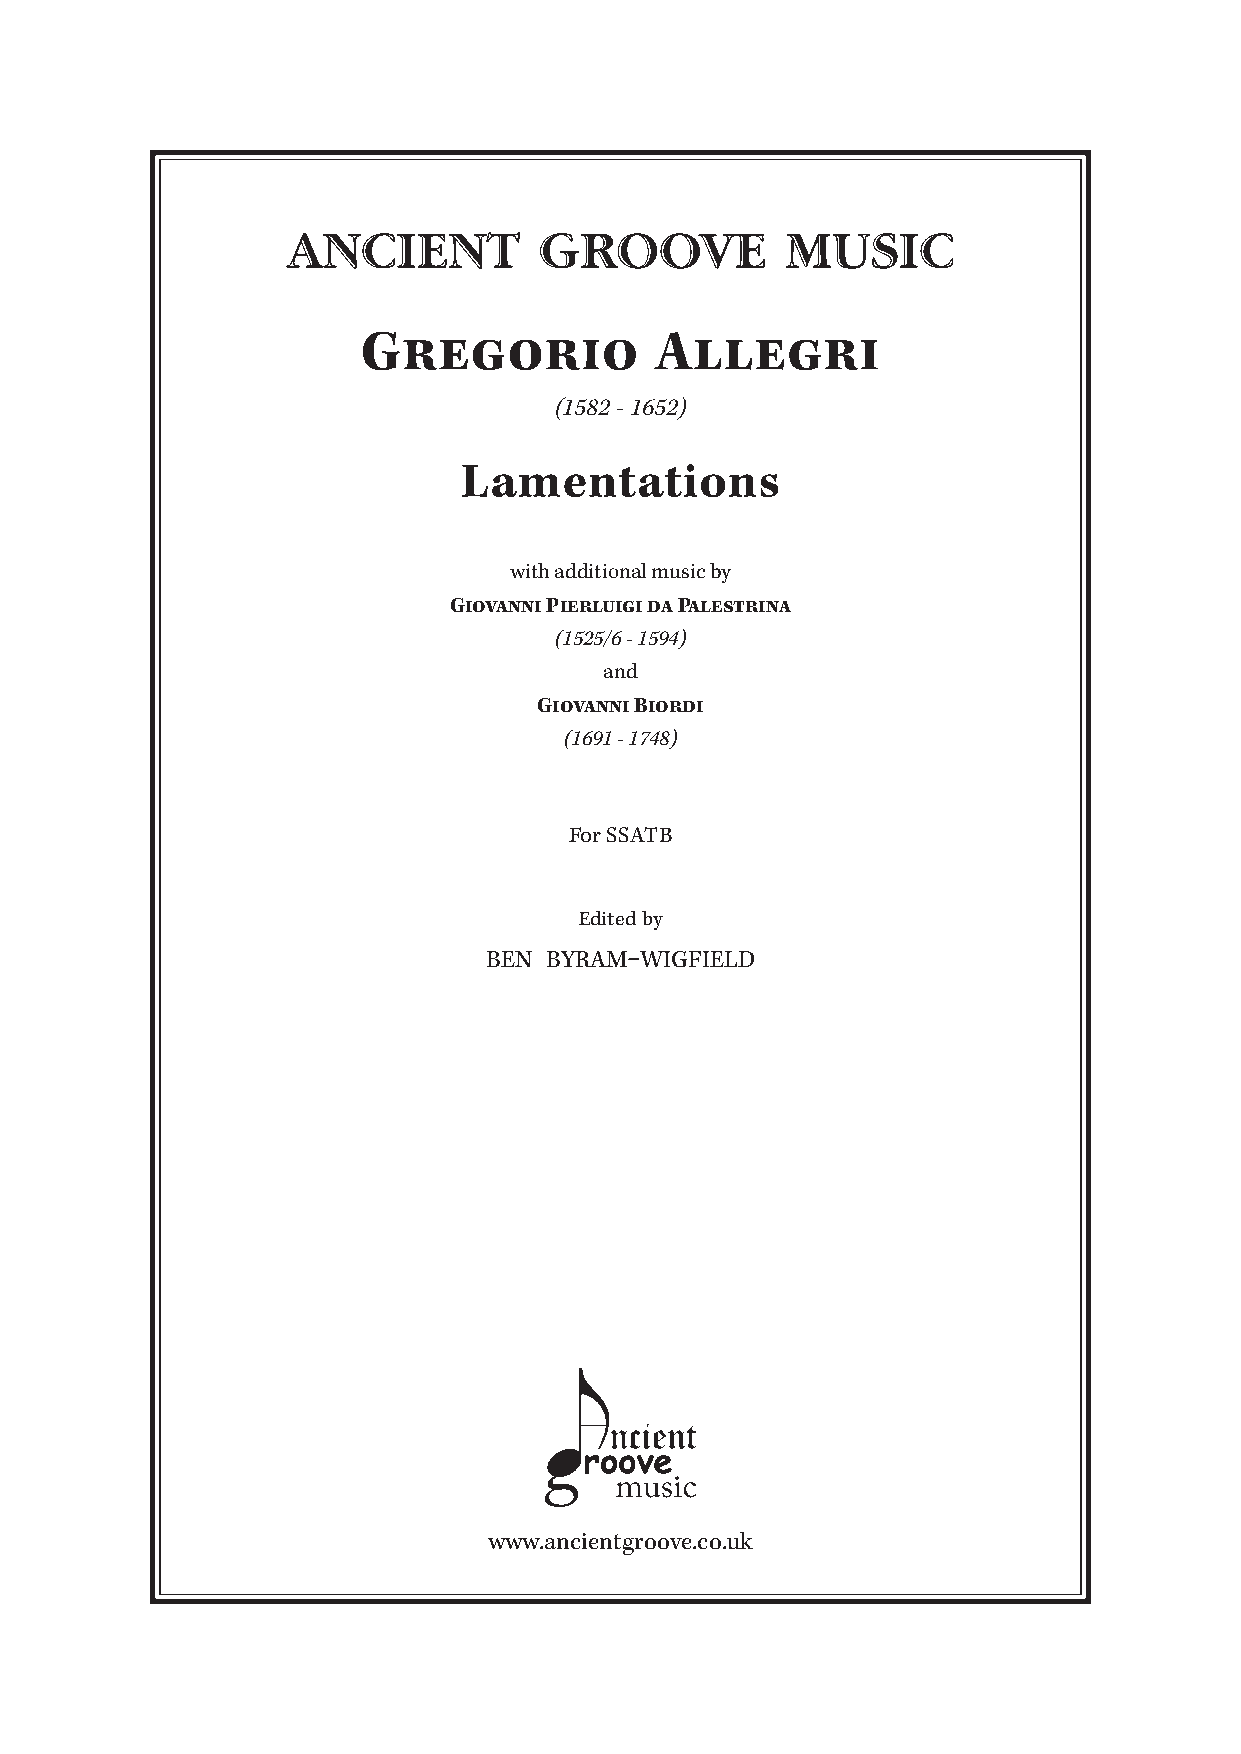
ANCIENT          GROOVE          MUSIC
 Gregorio           Allegri
 (1582-1652)
 Lamentations
 withadditionalmusicby
 GiovanniPierluigidaPalestrina
 (1525/6-1594)
 and
 GiovanniBiordi
 (1691-1748)
 ForSSATB
 Editedby
 BEN BYRAM–WIGFIELD
 www.ancientgroove.co.uk